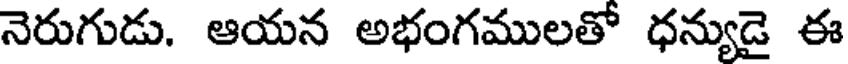
నెరుగుడు. ఆయన అభంగములతో ధన్యుడై ఈ